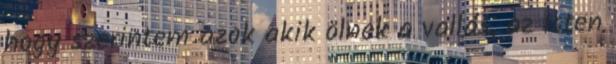
hogy szerintem azok akik ölnek a vallás, az Isten